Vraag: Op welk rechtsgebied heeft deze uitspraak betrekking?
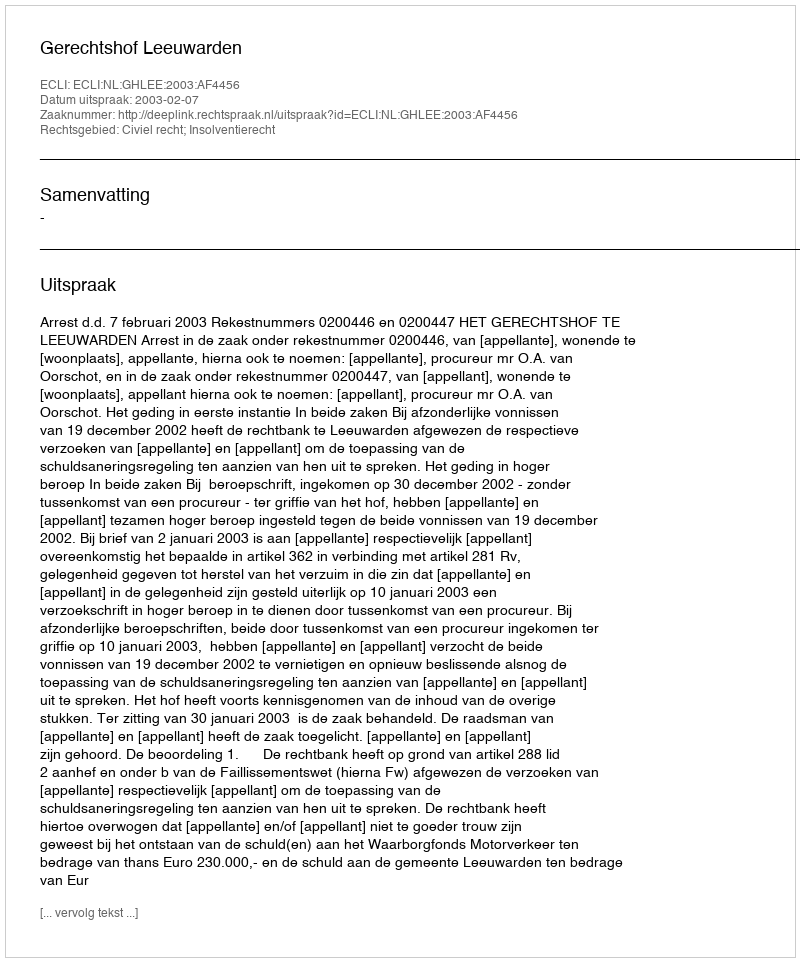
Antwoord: Civiel recht; Insolventierecht